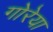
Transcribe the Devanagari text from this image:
गोरेया